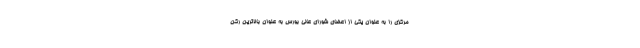
مرکزی را به عنوان یکی از اعضای شورای عالی بورس به عنوان بالاترین رکن